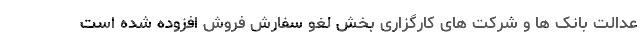
عدالت بانک ها و شرکت های کارگزاری بخش لغو سفارش فروش افزوده شده است